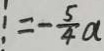
= - \frac { 5 } { 4 } a